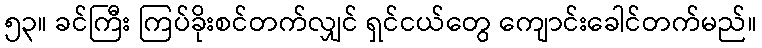
၅၃။ ခင်ကြီး ကြပ်ခိုးစင်တက်လျှင် ရှင်ငယ်တွေ ကျောင်းခေါင်တက်မည်။